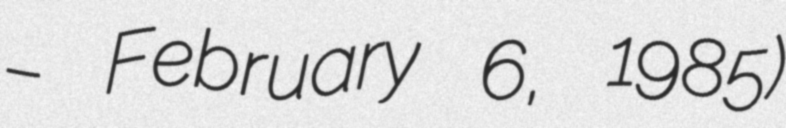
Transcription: – February 6, 1985)